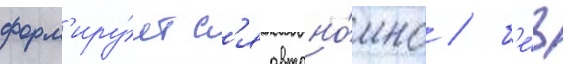
форм'иру́етс'я автоно́мно / б'е́з